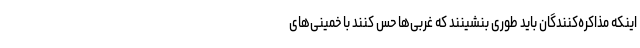
اینکه مذاکره‌کنندگان باید طوری بنشینند که غربی‌ها حس کنند با خمینی‌های